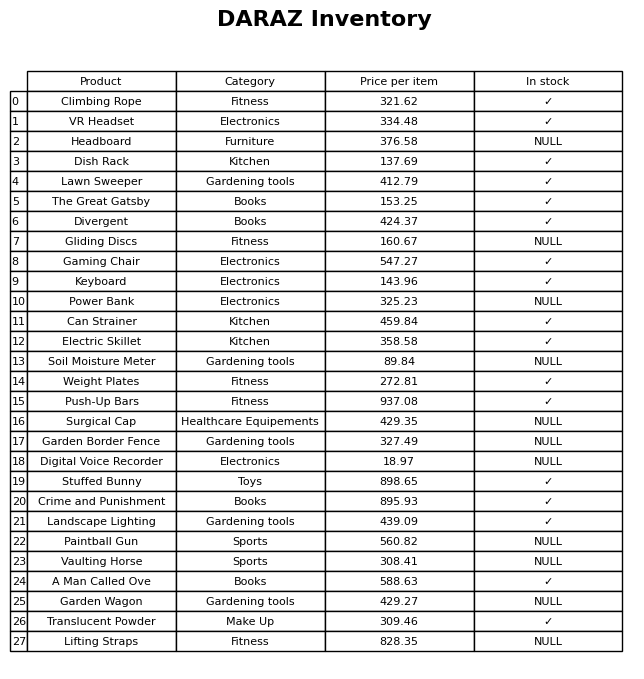
question: What is the price of the VR Headset?
answer: The price of VR Headset is 334.48.